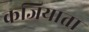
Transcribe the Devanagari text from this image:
कजियाता